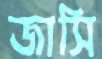
জাসি